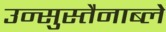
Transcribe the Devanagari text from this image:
उन्सुस्तैनाब्ले